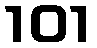
101